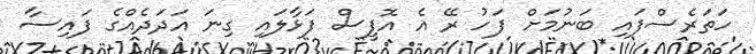
ހަތަރެސްފައި ބަނުމަށް ފަހު ރޭ އެ އޮފީސް ފަޅާލައި ގިނަ އަދަދެއްގެ ފައިސާ